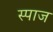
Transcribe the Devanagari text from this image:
स्पाज